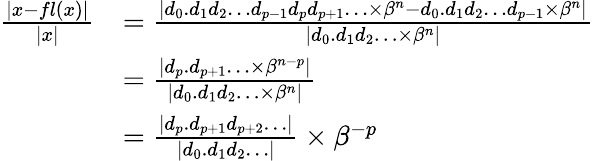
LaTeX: {\begin{array}{rl}{{\frac{|x-fl(x)|}{|x|}}}&{={\frac{|d_{0}.d_{1}d_{2}\ldots d_{p-1}d_{p}d_{p+1}\ldots\times\beta^{n}-d_{0}.d_{1}d_{2}\ldots d_{p-1}\times\beta^{n}|}{|d_{0}.d_{1}d_{2}\ldots\times\beta^{n}|}}}\\ &{={\frac{|d_{p}.d_{p+1}\ldots\times\beta^{n-p}|}{|d_{0}.d_{1}d_{2}\ldots\times\beta^{n}|}}}\\ &{={\frac{|d_{p}.d_{p+1}d_{p+2}\ldots|}{|d_{0}.d_{1}d_{2}\ldots|}}\times\beta^{-p}}\end{array}}